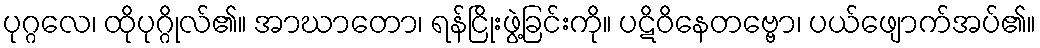
ပုဂ္ဂလေ၊ ထိုပုဂ္ဂိုလ်၏။ အာဃာတော၊ ရန်ငြိုးဖွဲ့ခြင်းကို။ ပဋိဝိနေတဗ္ဗော၊ ပယ်ဖျောက်အပ်၏။